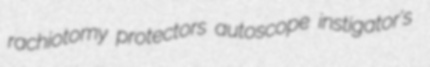
rachiotomy protectors autoscope instigator's